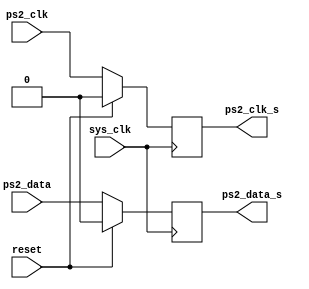
`timescale 1ns / 1ps
//////////////////////////////////////////////////////////////////////////////////
// Company: 
// Engineer: 
// 
// Design Name: 
// Module Name:    d_ff 
// Project Name: 
// Target Devices: 
// Tool versions: 
// Description: 
//
// Dependencies: 
//
// Revision: 
// Revision 0.01 - File Created
// Additional Comments: 
//
//////////////////////////////////////////////////////////////////////////////////
module d_ff(reset,sys_clk,ps2_clk,ps2_data,ps2_clk_s,ps2_data_s);

	input sys_clk,reset;
	input ps2_clk,ps2_data;
	
	output reg ps2_clk_s,ps2_data_s;
	
	always@(posedge sys_clk)begin
		if (reset)begin 
			ps2_clk_s<=0;
			ps2_data_s<=0;
		end
		else begin
			ps2_clk_s<=ps2_clk;
			ps2_data_s<=ps2_data;
		end
	end
endmodule